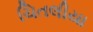
ચિતલીયા